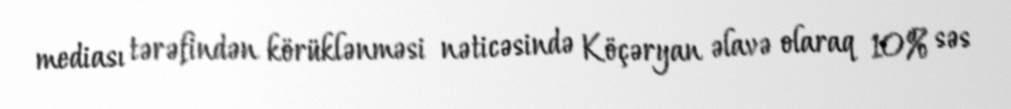
mediası tərəfindən körüklənməsi nəticəsində Köçəryan əlavə olaraq 10% səs